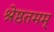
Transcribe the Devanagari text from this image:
श्रेष्ठतमम्